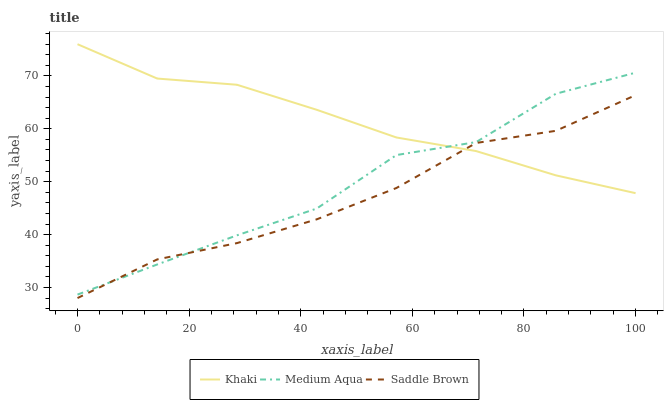
| xaxis_label | Khaki | Medium Aqua | Saddle Brown |
 | --- | --- | --- | --- |
 | 0 | 76 | 28.7 | 28 |
 | 14.3 | 69.5 | 34.4 | 35.3 |
 | 28.6 | 68.3 | 39.9 | 38.4 |
 | 42.9 | 63.6 | 44.9 | 42.9 |
 | 57.1 | 58.4 | 55 | 48.8 |
 | 71.4 | 55.8 | 57.5 | 57.3 |
 | 85.7 | 51.2 | 66.6 | 59.6 |
 | 100 | 47.8 | 70.6 | 66.4 |